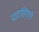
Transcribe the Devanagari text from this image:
दारासिंगानी